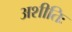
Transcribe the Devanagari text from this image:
अशीतिः